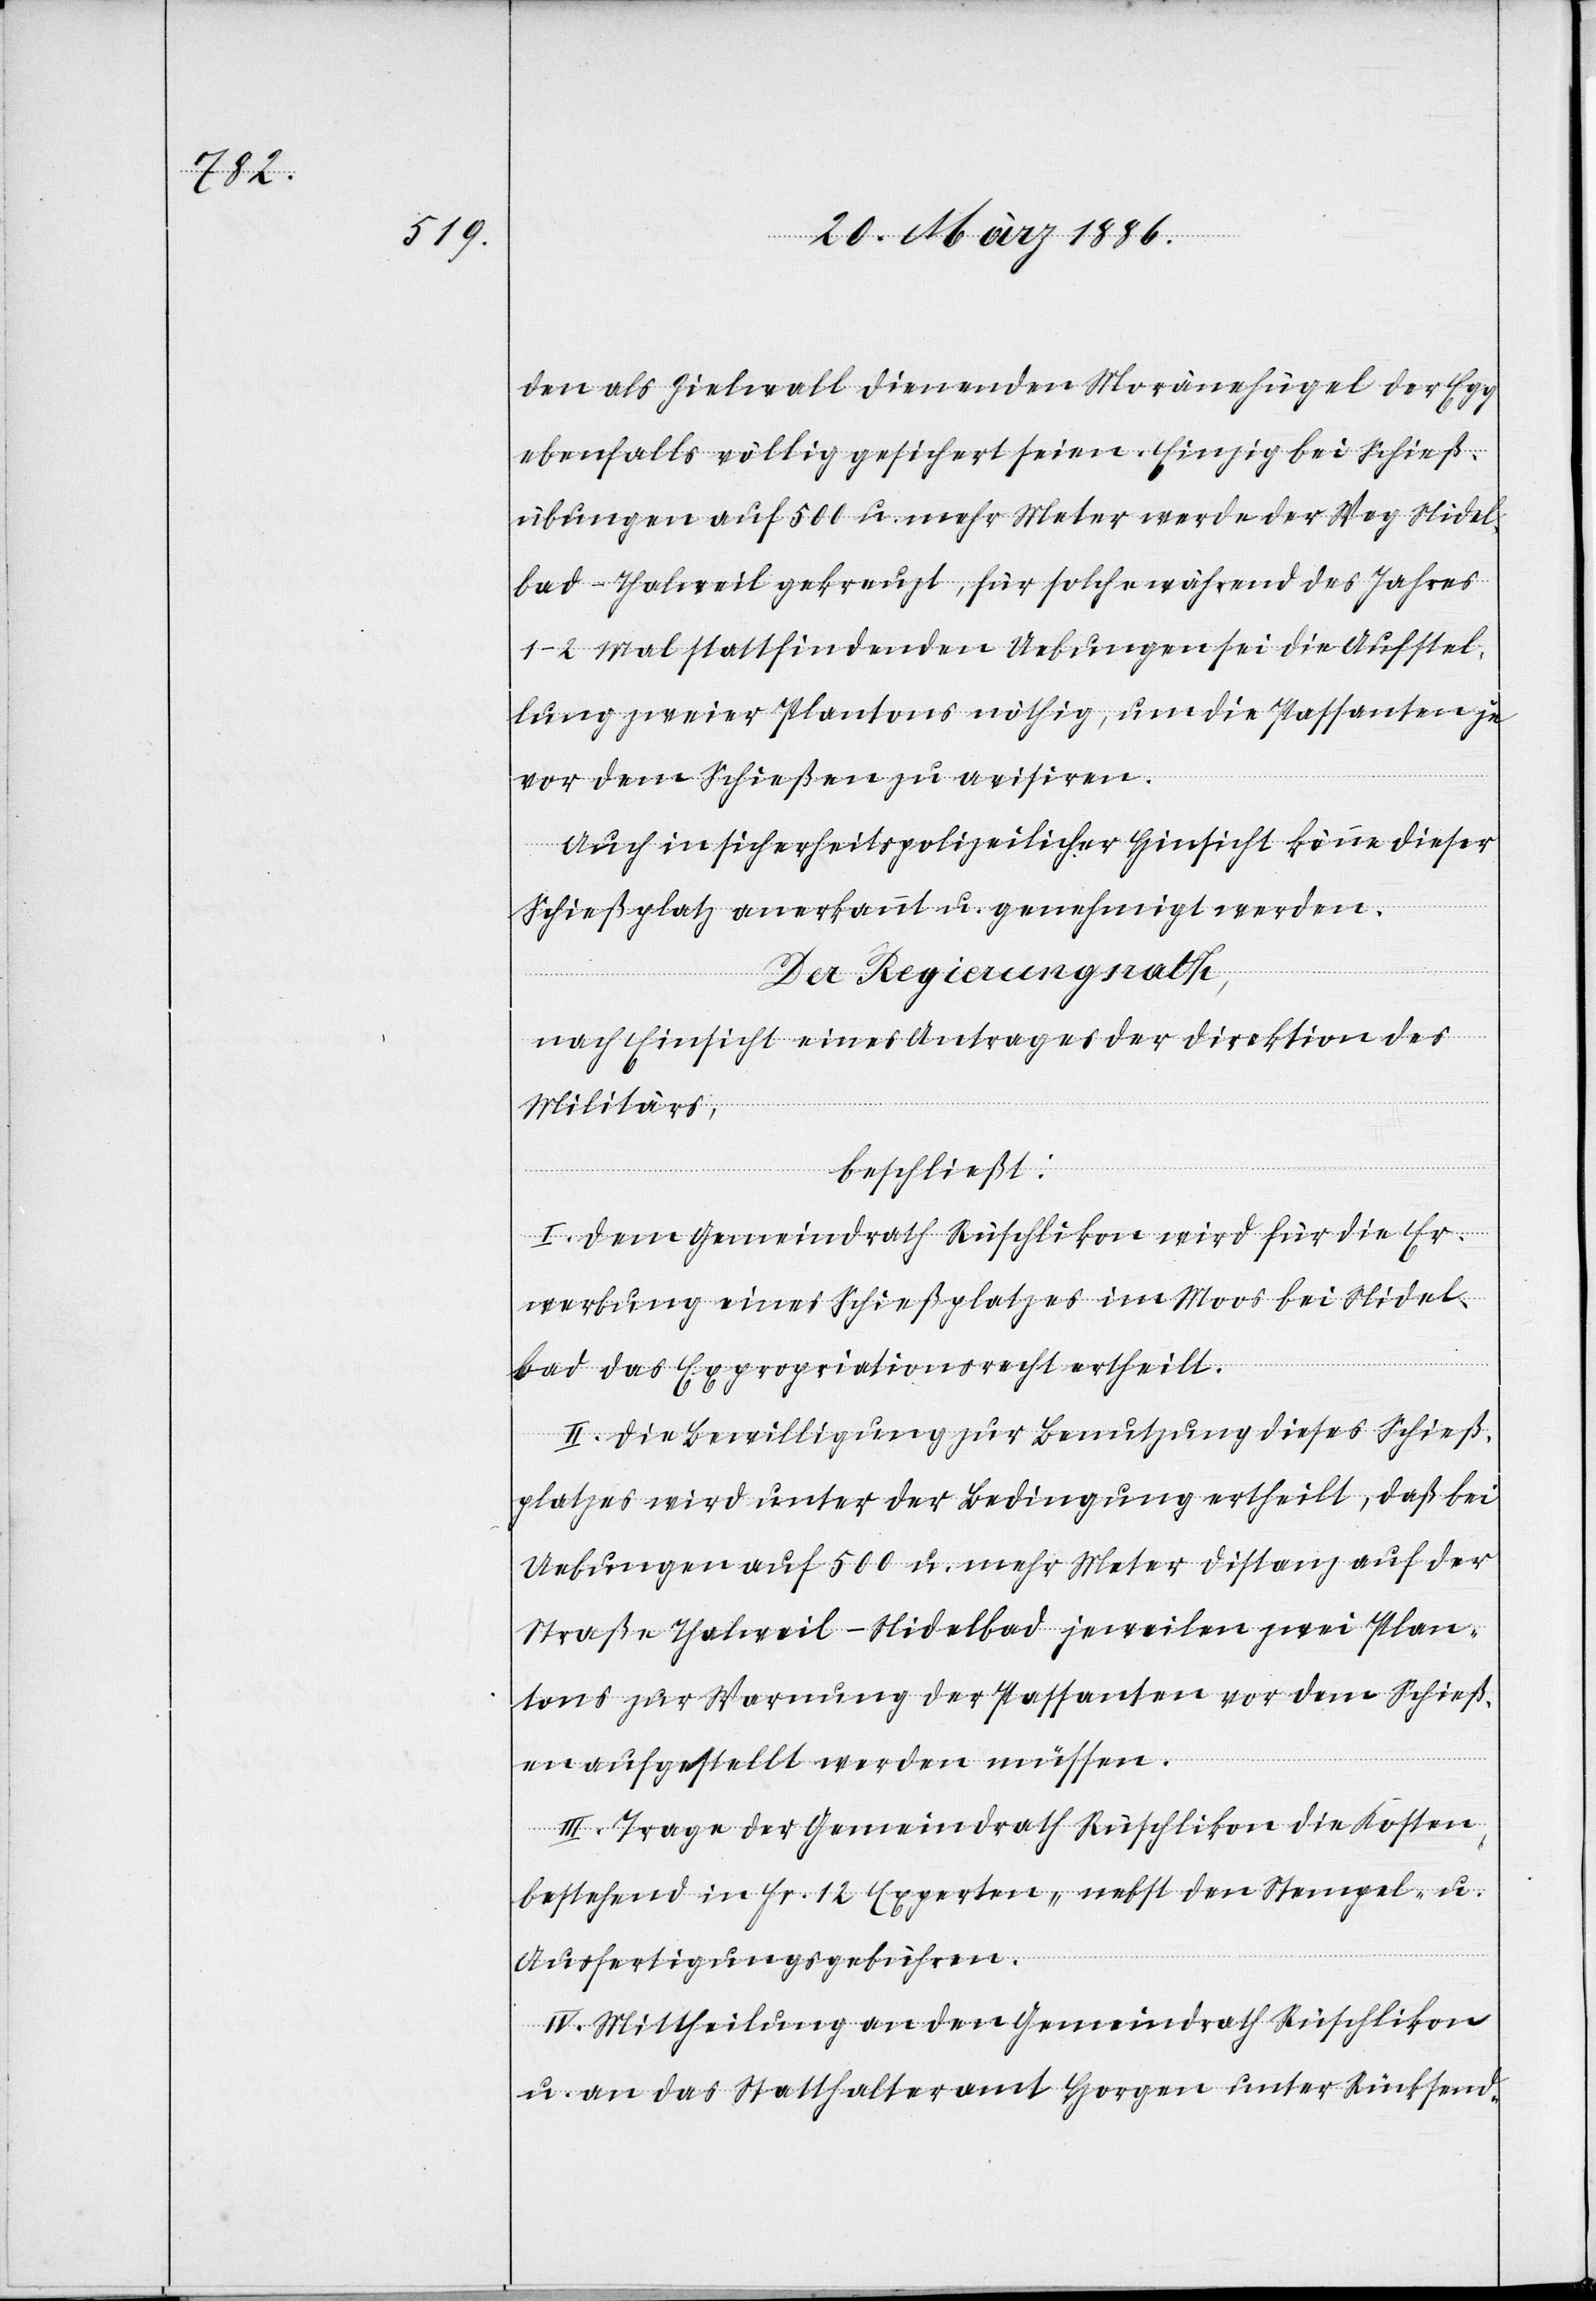
den als Zielwall dienenden Moränenhügel der Egg
ebenfalls völlig gesichert seien. Einzig bei Schieß¬
übungen auf 500 u. mehr Meter werde der Weg Nidel¬
bad–Thalweil gekreuzt, für solche während des Jahres
1–2 Mal stattfindenden Uebungen sei die Ausstel¬
lung zweiter Platons nöthig, um die Passanten je
vor dem Schießen zu avisiren.
Auch in sicherheitspolizeilicher Hinsicht könne dieser
Schießplatz anerkannt u. genehmigt werden.
Der Regierungsrath,
nach Einsicht eines Antrages der Direktion des
Militärs,
beschließt:
I. Dem Gemeindrath Rüschlikon wird für die Er¬
werbung eines Schießplatzes im Moss bei Nidel¬
bad das Expropriationsrecht ertheilt.
II. Die Bewilligung zur Benutzung dieses Schieß¬
platzes wird unter der Bedingung ertheilt, daß bei
Uebungen auf 500 u. mehr Meter Distanz auf der
Straße Thalweil–Nidelbad jeweilen zwei Plan¬
tons zur Warnung der Passanten vor dem Schieß¬
en aufgestellt werden müssen.
III. Trage der Gemeindrath Rüschlikon die Kosten,
bestehend in Fr. 12 Experten-, nebst den Stempel- u.
Ausfertigungsgebühren.
IV. Mittheilung an den Gemeindrath Rüschlikon
u. an das Statthalteramt Horgen unter Rücksend-